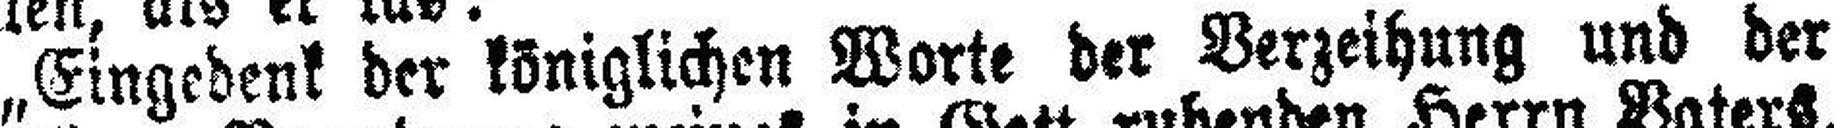
„Eingedenk der königlichen Worte der Verzeihung und der